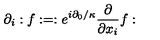
\partial _ { i } : f : = : e ^ { i \partial _ { 0 } / \kappa } \frac { \partial } { \partial x _ { i } } f :